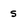
Character: s